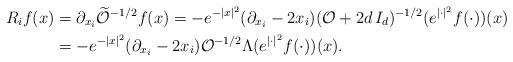
LaTeX: \begin{align*}R_if(x)&=\partial_{x_i}\widetilde{\mathcal{O}}^{-1/2} f(x) =-e^{-|x|^2}(\partial_{x_i}-2x_i)(\mathcal{O}+2d\,I_d)^{-1/2}(e^{|\cdot|^2} f(\cdot))(x)\\&= -e^{-|x|^2}(\partial_{x_i}-2x_i)\mathcal{O}^{-1/2} \Lambda (e^{|\cdot|^2} f(\cdot))(x).\end{align*}